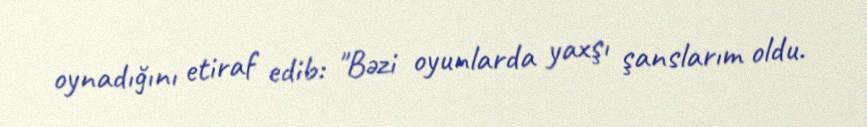
oynadığını etiraf edib: "Bəzi oyunlarda yaxşı şanslarım oldu.